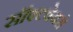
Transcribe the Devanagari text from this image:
सॉफ्टवेयरो